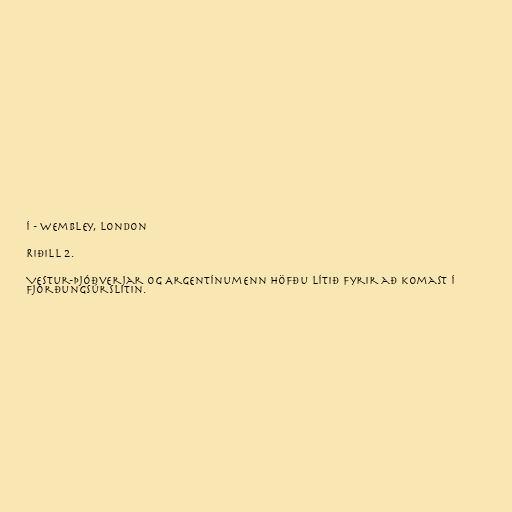
í - Wembley, London

Riðill 2.

Vestur-Þjóðverjar og Argentínumenn höfðu lítið fyrir að komast í
fjórðungsúrslitin.